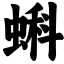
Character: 蝌